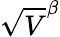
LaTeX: \sqrt{V}^{\beta}